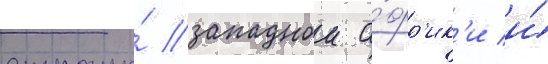
страны́ западнои а́фр'ик'и и́